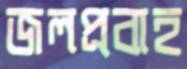
জলপ্রবাহ